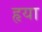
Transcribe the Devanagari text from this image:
हृया